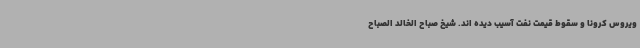
ویروس کرونا و سقوط قیمت نفت آسیب دیده اند. شیخ صباح الخالد الصباح